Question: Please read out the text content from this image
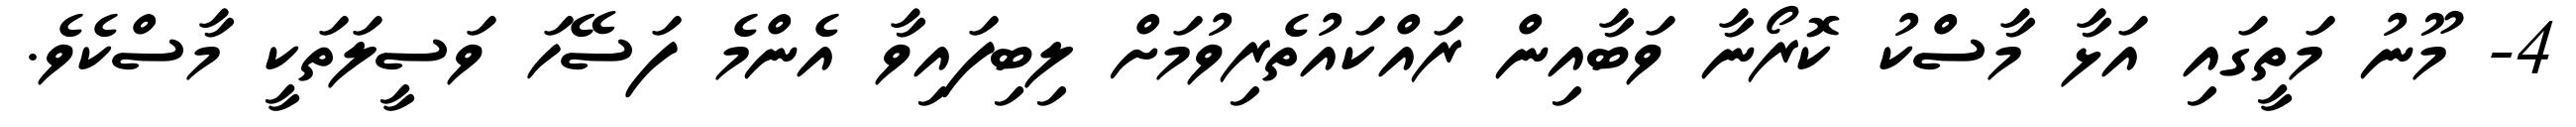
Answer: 4- މޫނު މަތީގައި އަޅާ މާސްކު ކޮރޯނާ ވަބާއިން ރައްކައުތެރިވުމަށް ލިބިފައިވާ އެންމެ ފަސޭހަ ވަސީލަތަކީ މާސްކެވެ.